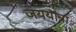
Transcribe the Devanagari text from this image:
जययात्रा